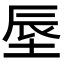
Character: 𪣗